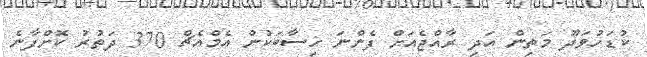
ކުޑަހުވަދޫ މަތިން އަދި ރާއްޖެއަށް ފެންނަ ހިސާބަކުން އެމްއެޗް 370 ދަތުރު ކޮށްފާނެ